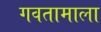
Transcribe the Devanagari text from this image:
गवतामाला